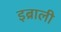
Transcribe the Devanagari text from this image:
इब्राली